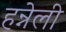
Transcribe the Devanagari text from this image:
हन्नेली